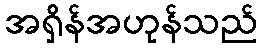
အရှိန်အဟုန်သည်